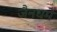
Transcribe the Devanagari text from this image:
जैनधर्मे